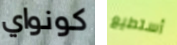
كونواي أستطيع